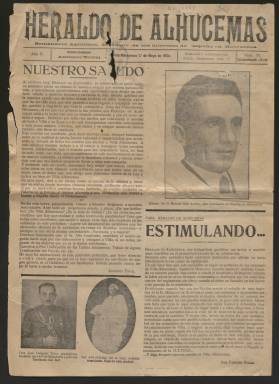
Título: Heraldo de Alhucemas
Colección: Periódicos
Ámbito geográfico: Marruecos
Lugar de publicación: Villa Alhucemas
Fechas: 01/05/1934-01/05/1934